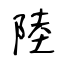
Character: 陸